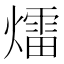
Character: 𤐝